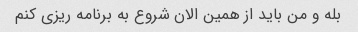
بله و من باید از همین الان شروع به برنامه ریزی کنم